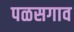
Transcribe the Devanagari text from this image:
पळसगाव